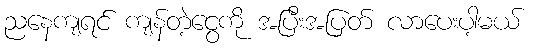
ညနေကျရင် ကျန်တဲ့ငွေကို အပြီးအပြတ် လာပေးပါ့မယ်